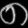
Digit: ၈